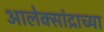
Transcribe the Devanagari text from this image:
आलेक्सांद्राच्या